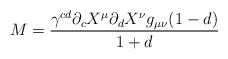
LaTeX: \begin{align*}M = \frac{\gamma^{cd}\partial_{c} X^{\mu}\partial_{d} X^{\nu} g_{\mu \nu} (1-d)}{1+d}\end{align*}